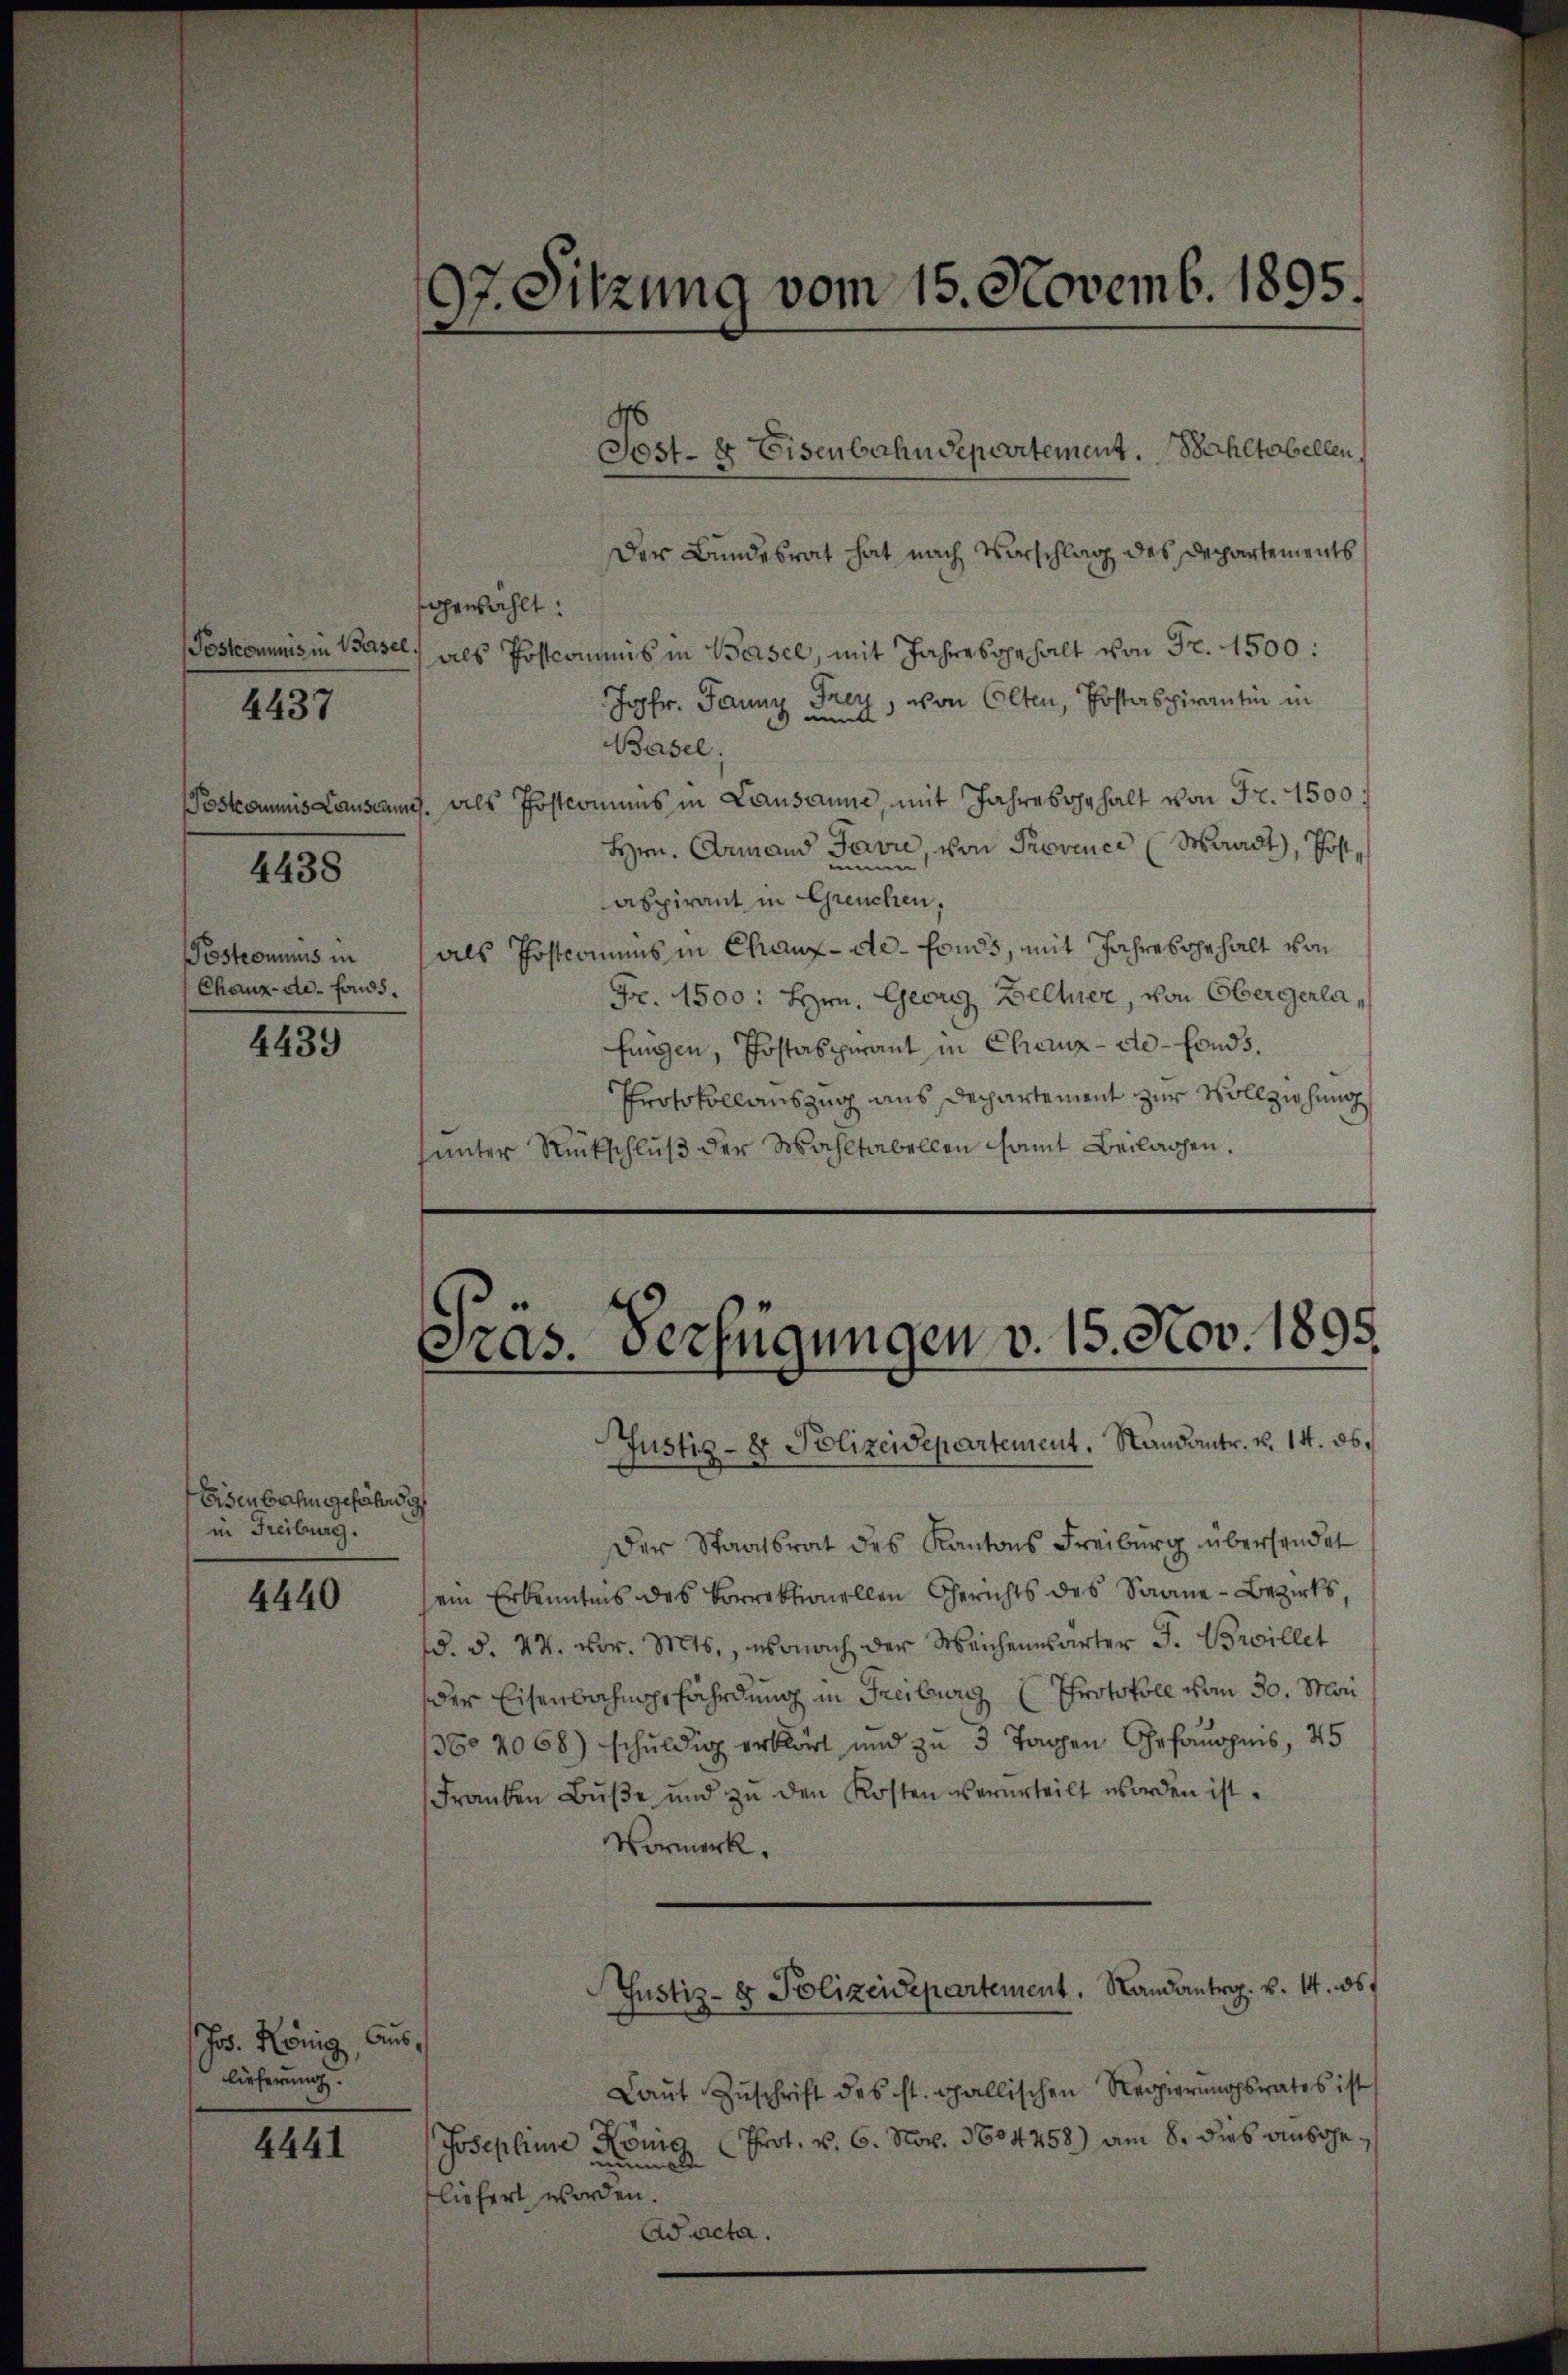
gewählt:
4437

4438

Postrommnis in
Chaux-de-Fonds.

4439

Eisenbahn gefährdig
in Freiburg.

4440

Jos. König, Auslieferung.

4441

Der Bundesrat hat nach Vorschlag des Departements
Poskommnis in Basel, als Postcommis in Basel, mit Jahresgehalt von Fr. 1500:
Fren, von Olten, Postaspirantin in
Jopfr. Jaunz unnd
Basel;
Poskommis Lausang. Als Postcommis in Lausanne, mit Jahresgehalt von Fr. 1500.
Hrn. Armand Pavie, von Provence (Waadt, Post,
aspirant in Greuchen,
als Postcomuns in Chaux-de-Fonds, mit Jahres gehalt von
Fr. 1500: Hrn. Georg Beller, von Obergerlafungen, Postaspirant in Chaux-de-Fonds.
Protokollauszug aus Departement zur Vollziehung
sunter Rückschluß der Wahltabellen samt Beilagen.

97. Sitzung vom 15. Novemb. 1895.
d

Post- & Eisenbahndepartement. Wohltobellen,

Sras. Verfügungen v. 15. Nov. 1895.

Justiz- & Polizeidepartement, Standantr. v. 14. 86.
Der Staatsrat des Kantons Freiburg übersendet
ein Erkenntnis des korrektionellen Gerichts des Saane-Bezirks
1. §. 24. vor. Mts., wonach der Weichenwärter J. Broillet
der Eisenbahngefährdung in Freiburg Protokoll vom 30. Mai
3604068) schuldig erklärt und zu 3 Tagen Gefangnis, 45
Franken Buße und zu den Kosten verurteilt worden ist.
Vormerk.
Justiz- & Polizeidepartement, Randantrag. v. 14. 36.
Laŭt Zŭschrift des st. gallischen Regierŭngsrates ist
Josephine König Prot. v. 6. Nov. 1604258) am 8. dies ausgenums
fliefert worden.
Aacta.